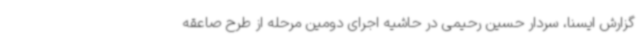
گزارش ایسنا، سردار حسین رحیمی در حاشیه اجرای دومین مرحله از طرح صاعقه